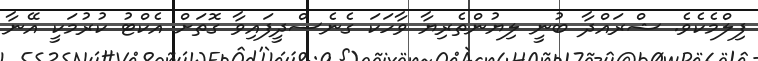
ފިލްމެކެވެ. ޝްރައްދާ ބުނީ ލިޔުންތެރިޔާ ވާހަކަ ގެނެސްދީފައިވާ ގޮތަށް އެކްޓު ކުރުމަކީ އޭނާ